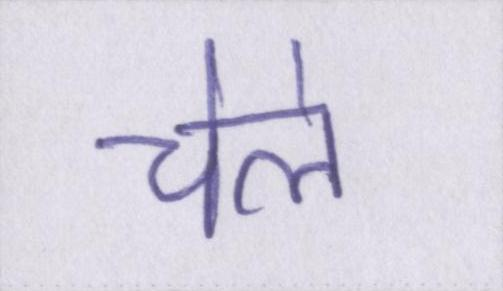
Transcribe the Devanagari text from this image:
चेले